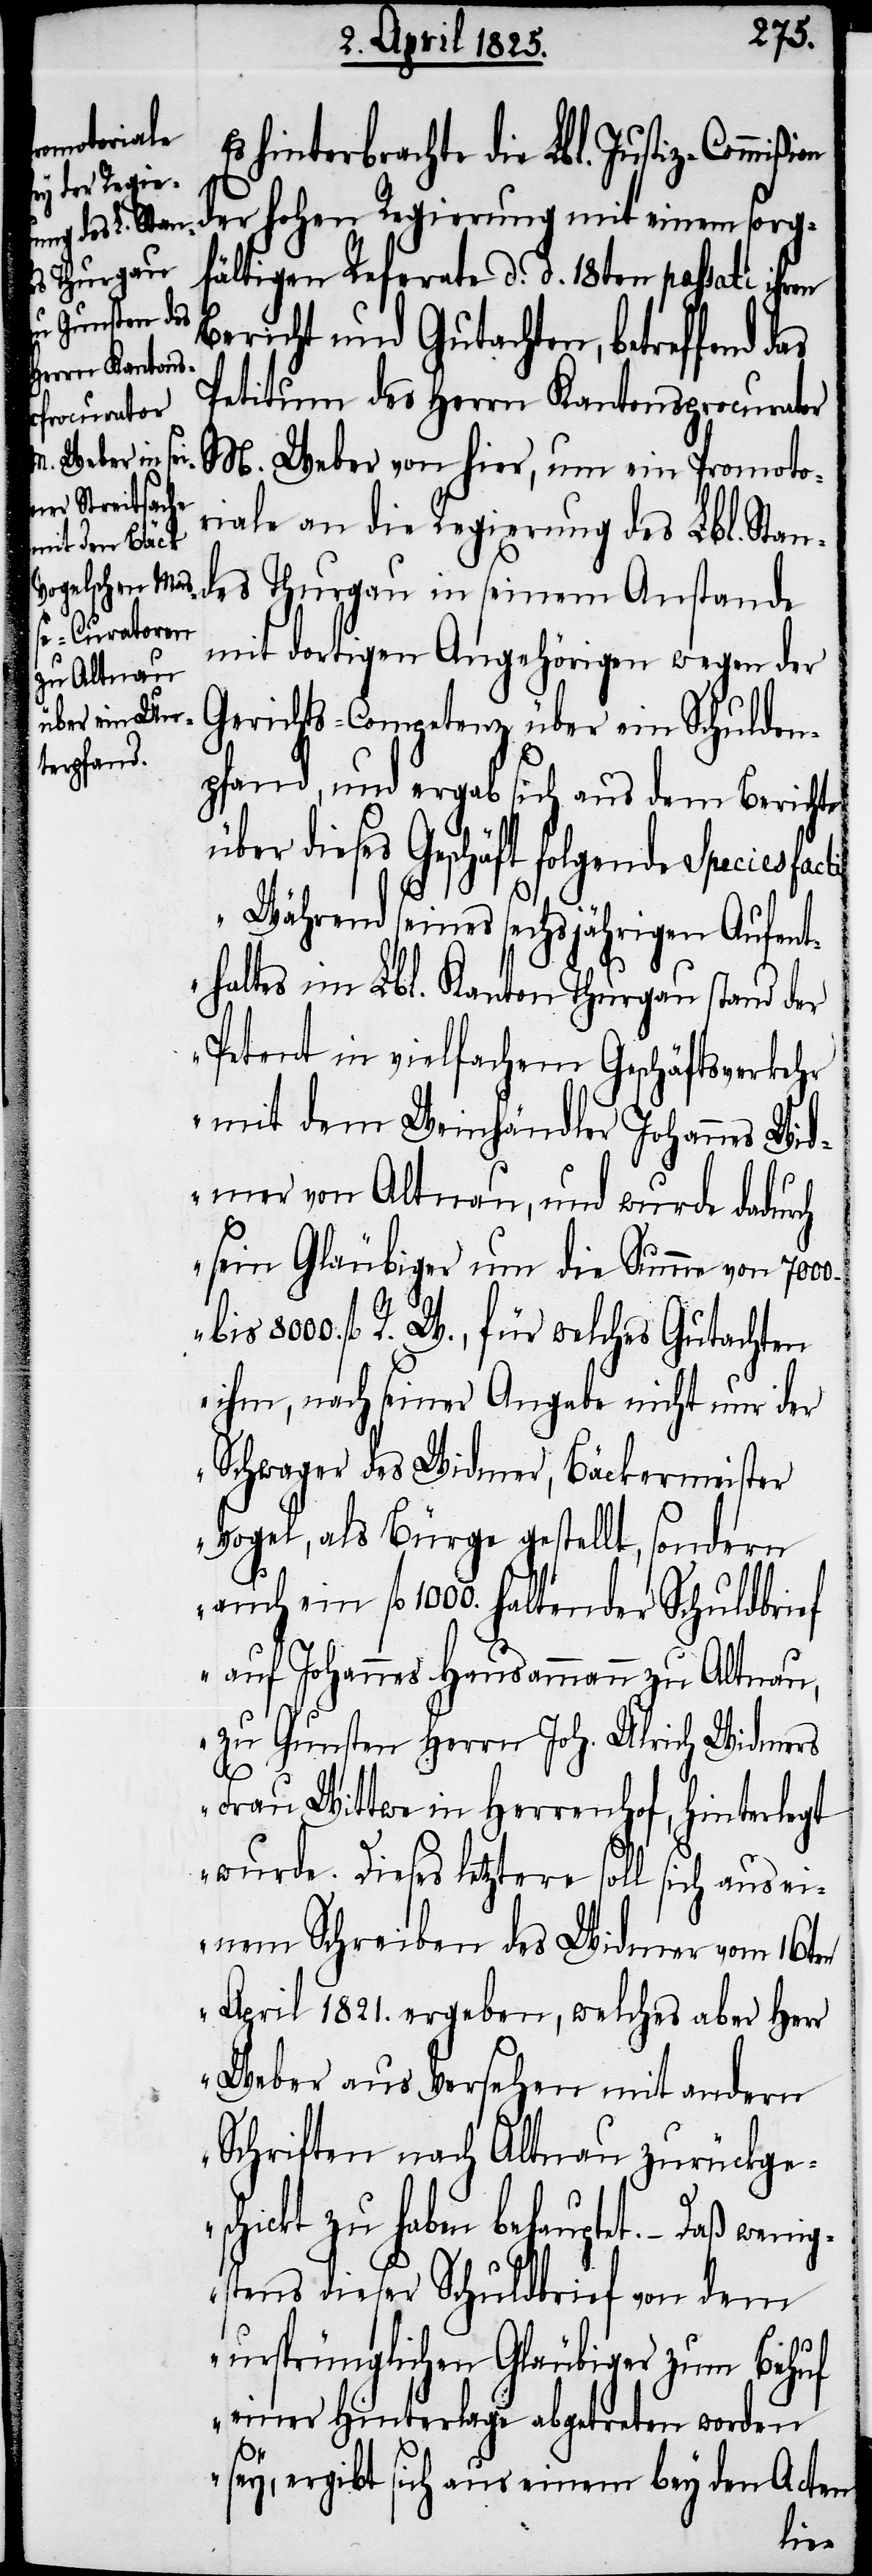
wenig¬

Es hinterbrachte die Lbl. Justiz-Commiß¬
der hohen Regierung mit einem sorg¬
fältigen Referate d. d. 18ten passati ihren
Bericht und Gutachten, betreffend
Petitum des Herrn Kantonsprocurator
M. Weber von hier, um ein Promoto¬
riale an die Regierung des Lbl. Stan¬
des Thurgau in seinem Anstande
mit dortigen Angehörigen wegen der
Gerichts-Competenz über ein Schulden¬
pfand, und ergab sich aus dem Berichte
über dieses Geschäft folgende Species
„Während seines sechsjährigen Aufent¬
haltes im Lbl. Kanton Thurgau stand der
Petent in vielfachem Geschäftsverkehr
mit dem Weinhändler Johannes Wid¬
mer von Altnau, und wurde dadurch
sein Gläubiger um die Summe von 7000.
8000. fl R. W., für welches Gutachten
ihm, nach seiner Angabe nicht nur der
Schwager des Widmer, Bäckermeister
Vogel, als Bürge gestellt, sondern
auch ein fl 1000. haltender Schuldbrief
auf Johannes Hausammann zu Altnau,
zu Gunsten Herrn Joh. Ulrich Widmers
Frau Wittwe in Herrenhof, hinterlegt
wurde. Dieses letztere soll sich aus ei¬
nem Schreiben des Widmer vom 16ten
April 1821. ergeben, welches aber Herr
Weber aus Versehen mit andern
Schriften nach Altnau zurückge¬
schickt zu haben behauptet. – Daß
stens dieser Schuldbrief von dem
ursprünglichen Gläubiger zum Behuf
einer Hinterlage abgetreten worden
sey, ergibt sich aus einem bey den Acten
ion